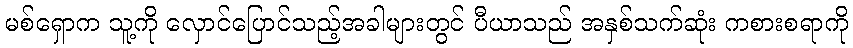
မစ်ရှောက သူ့ကို လှောင်ပြောင်သည့်အခါများတွင် ပီယာသည် အနှစ်သက်ဆုံး ကစားစရာကို